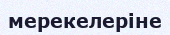
мерекелеріне